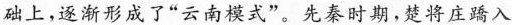
础上，逐渐形成了“云南模式”。先秦时期，楚将庄蹻入